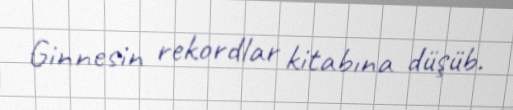
Ginnesin rekordlar kitabına düşüb.